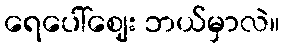
ရေပေါ်ဈေး ဘယ်မှာလဲ။